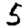
Digit: 5